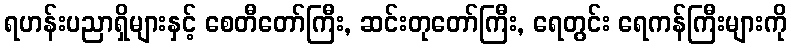
ရဟန်းပညာရှိများနှင့် စေတီတော်ကြီး, ဆင်းတုတော်ကြီး, ရေတွင်း ရေကန်ကြီးများကို